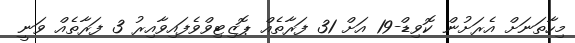
މިހާތަނަށް އެރަށުން ކޮވިޑް-19 އަށް 31 ފަރާތެއް ޕޮޒިޓިވްވެފައިވާއިރު 3 ފަރާތެއް ވަނީ